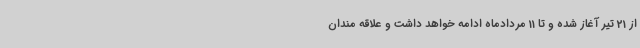
از 21 تیر آغاز شده و تا 11 مردادماه ادامه خواهد داشت و علاقه مندان